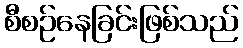
စီစဉ်နေခြင်းဖြစ်သည်